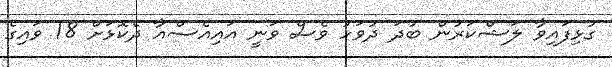
ގުޅިފައިވާ ލަޝްކަރުން ބުދަ ދުވަހު ވެސް ވަނީ އައިއެސްއާ ދެކޮޅަށް 18 ވައިގެ